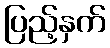
ပြည့်နှက်